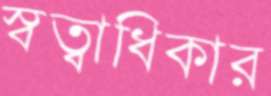
স্বত্বাধিকার